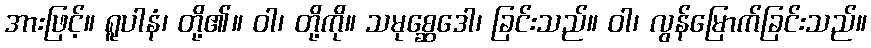
အားဖြင့်။ ရူပါနံ၊ တို့၏။ ဝါ၊ တို့ကို။ သမုစ္ဆေဒေါ၊ ခြင်းသည်။ ဝါ၊ လွန်မြောက်ခြင်းသည်။